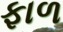
ફાળ